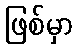
ဖြစ်မှာ